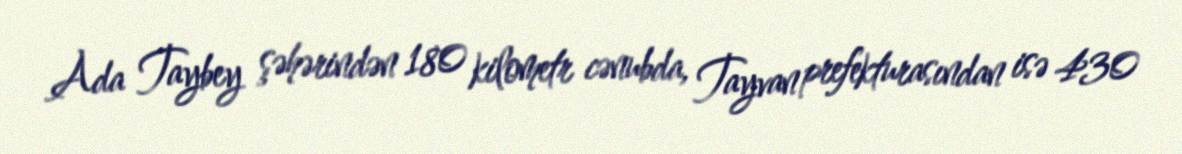
Ada Taybey şəhərindən 180 kilometr cənubda, Tayvan prefekturasından isə 430